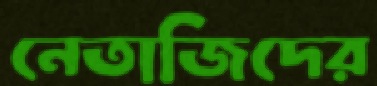
নেতাজিদের